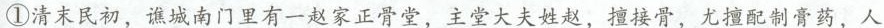
①清末民初，谯城南门里有一赵家正骨堂，主堂大夫姓赵，擅接骨，尤擅配制膏药，人